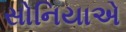
સોનિયાએ